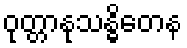
ဝုတ္တာနုသန္ဓိတေန